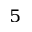
^ { 5 }